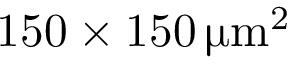
1 5 0 \times 1 5 0 \, \upmu \mathrm { m } ^ { 2 }